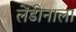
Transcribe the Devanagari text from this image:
लेंडीनाला